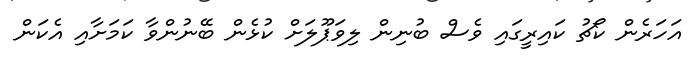
އަހަރެން ކޯޗު ކައިރީގައި ވެސް ބުނިން ލިވަޕޫލަށް ކުޅެން ބޭނުންވާ ކަމަށާއި އެކަން